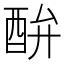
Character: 䣲